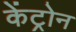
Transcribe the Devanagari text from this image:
केंट्रोन